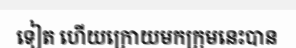
ទៀត ហើយក្រោយមកក្រុមនេះបាន